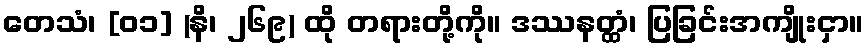
တေသံ၊ [၀၁] (နိ၊ ၂၆၉) ထို တရားတို့ကို။ ဒဿနတ္ထံ၊ ပြခြင်းအကျိုးငှာ။